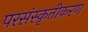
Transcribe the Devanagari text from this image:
परसंस्कृतीकरण